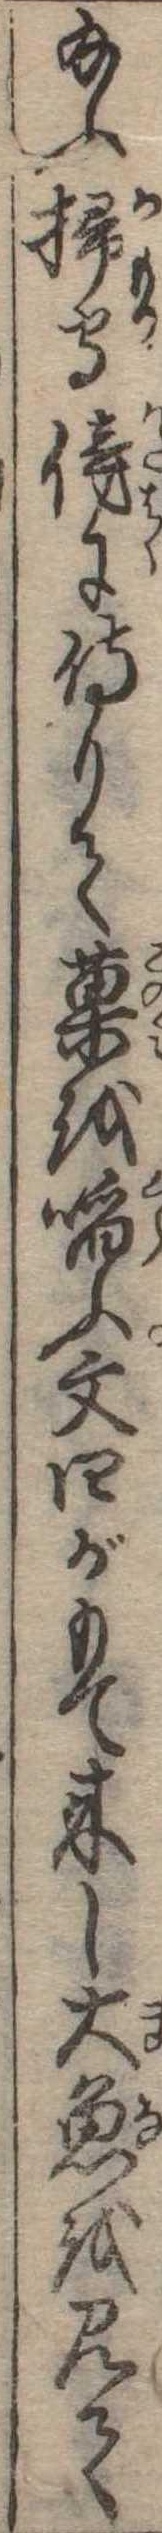
給ふ掃守傍に侍りて菓を啗ふ文四がもて来し大魚を見て